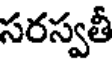
సరస్వతీ